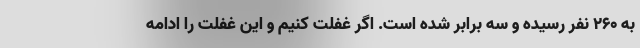
به ۲۶۰ نفر رسیده و سه برابر شده است. اگر غفلت کنیم و این غفلت را ادامه